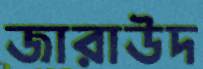
জারাউদ